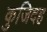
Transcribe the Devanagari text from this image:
कुजिदह